Vaccination United Provinces of Agra and Oudh 1902-1913 - 1902-1913
Year: 1902
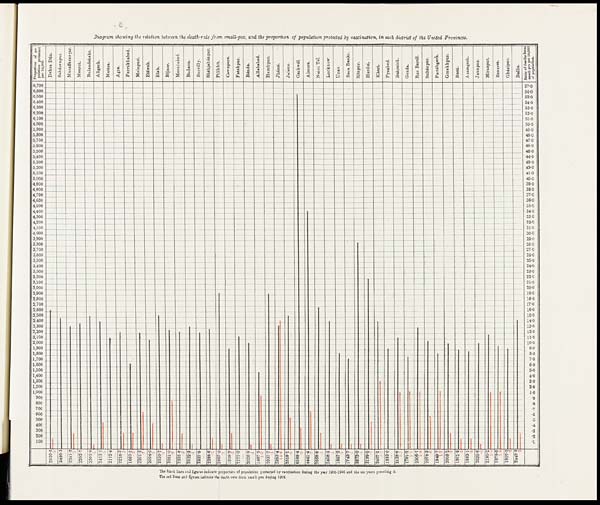
Diagram showing the relation between the death-rate from small-pox, and the proportion of population protected by vaccination, in each district of the United Provinces.